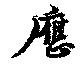
應